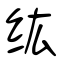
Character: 纮